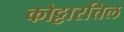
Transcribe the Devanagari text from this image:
कोट्टारत्तिल